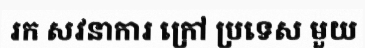
រក សវនាការ ក្រៅ ប្រទេស មួយ